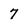
Character: 7